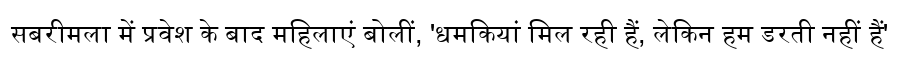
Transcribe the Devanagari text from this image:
सबरीमला में प्रवेश के बाद महिलाएं बोलीं, 'धमकियां मिल रही हैं, लेकिन हम डरती नहीं हैं'